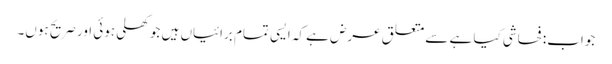
جواب: فحاشی کیا ہے سے متعلق عرض ہے کہ ایسی تمام برائیاں ہیں جو کھلی ہوئی اور صریح ہوں۔